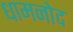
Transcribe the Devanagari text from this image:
धामनोद